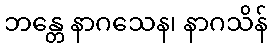
ဘန္တေ နာဂသေန၊ နာဂသိန်